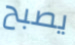
يصبح